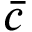
\bar { c }